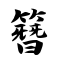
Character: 簪